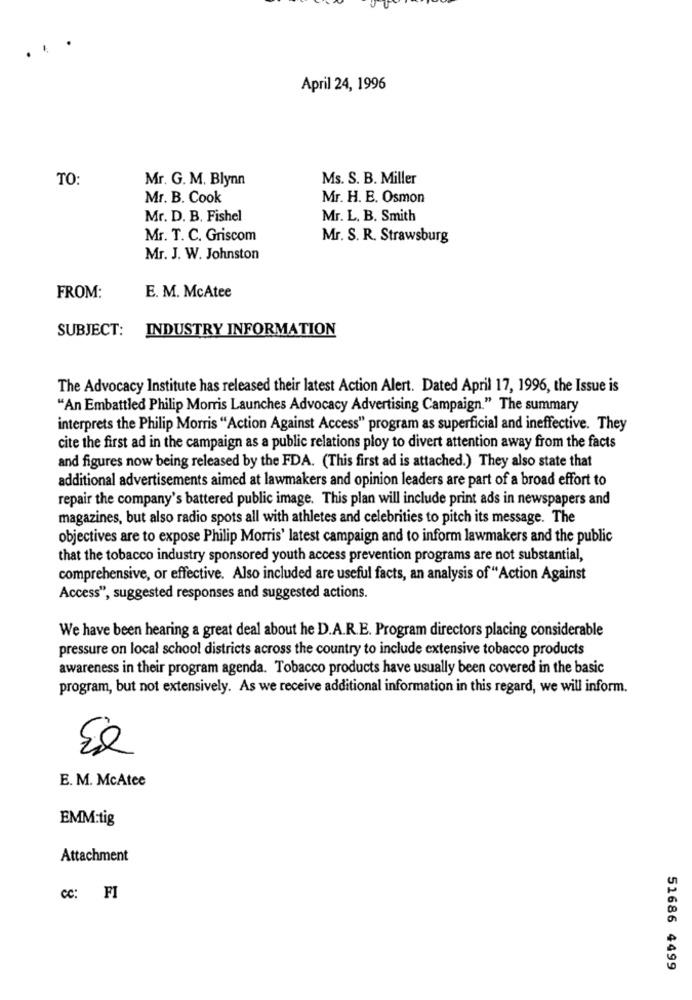
. .
April 24, 1996
TO:
Mr. G. M. Blynn
Ms. S. B. Miller
Mr. B. Cook
Mr. H. E. Osmon
Mr. D. B. Fishel
Mr. L. B. Smith
Mr. T. C. Griscom
Mr. S. R. Strawsburg
Mr. J. W. Johnston
FROM:
E. M. McAtee
SUBJECT: INDUSTRY INFORMATION
The Advocacy Institute has released their latest Action Alert. Dated April 17, 1996, the Issue is
"An Embattled Philip Morris Launches Advocacy Advertising Campaign." The summary
interprets the Philip Morris "Action Against Access" program as superficial and ineffective. They
cite the first ad in the campaign as a public relations ploy to divert attention away from the facts
and figures now being released by the FDA. (This first ad is attached.) They also state that
additional advertisements aimed at lawmakers and opinion leaders are part of a broad effort to
repair the company's battered public image. This plan will include print ads in newspapers and
magazines, but also radio spots all with athletes and celebrities to pitch its message. The
objectives are to expose Philip Morris' latest campaign and to inform lawmakers and the public
that the tobacco industry sponsored youth access prevention programs are not substantial,
comprehensive, or effective. Also included are useful facts, an analysis of "Action Against
Access", suggested responses and suggested actions.
We have been hearing a great deal about he D.A.R.E. Program directors placing considerable
pressure on local school districts across the country to include extensive tobacco products
awareness in their program agenda. Tobacco products have usually been covered in the basic
program, but not extensively. As we receive additional information in this regard, we will inform.
E. M. McAtee
EMM:tig
Attachment
CC: FI
51686 4499